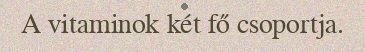
A vitaminok két fő csoportja.